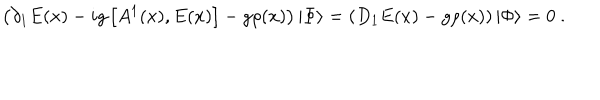
\left( \partial _ { 1 } E ( x ) - i g \left[ A ^ { 1 } ( x ) , E ( x ) \right] - g \rho ( x ) \right) | \Phi \rangle = \left( D _ { 1 } E ( x ) - g \rho ( x ) \right) | \Phi \rangle = 0 \ .